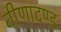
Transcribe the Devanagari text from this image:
वीणादण्डः